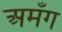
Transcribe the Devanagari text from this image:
अमँग